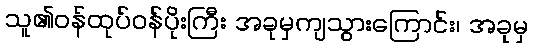
သူ၏ဝန်ထုပ်ဝန်ပိုးကြီး အခုမှကျသွားကြောင်း၊ အခုမှ